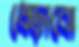
ধেড়াবো